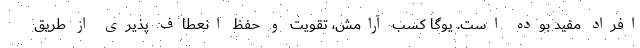
افراد مفید بوده است. یوگا کسب آرامش، تقویت و حفظ انعطاف پذیری از طریق